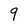
Character: 9